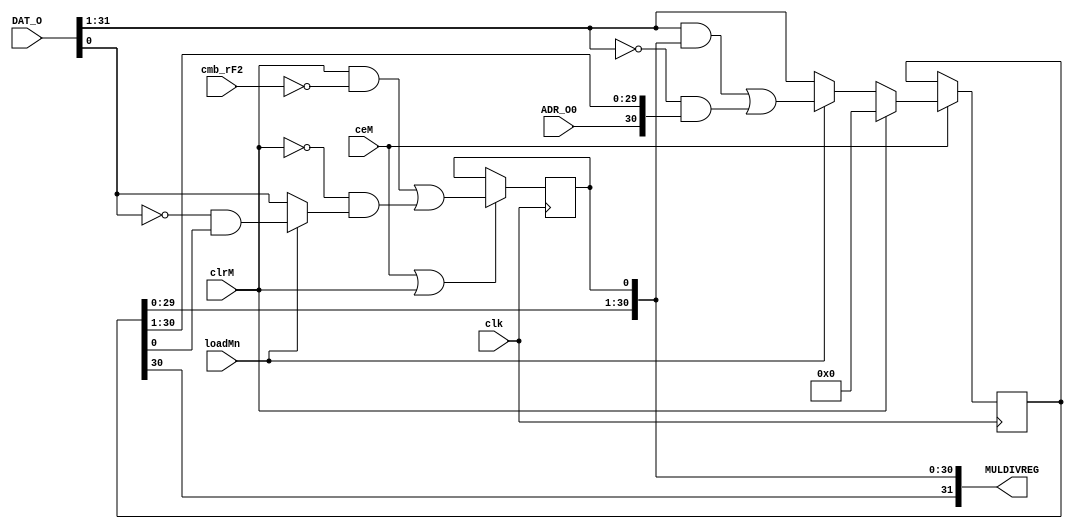
/* -----------------------------------------------------------------------------
 * Part of midgetv
 * 2019-2020. Copyright B. Nossum.
 * For licence, see LICENCE
 * ----------------------------------------------------------------------------ehdr
 *
 * For multiply and divide.
 * Fun fact. Lattice do highlevel synthesis in 35 LUTs, while Synplify uses 95.
 * 
 *           +-------------+
 * M[i+1] ---|--|0\        |          rA[i]
 *           |  |  |-|1\   |           ____
 * M[i-1] ---|--|1/  |  |--|--- cmbM -|D  Q|- M[i]
 * DAT_O  ---|---+---|0/   |    clk  ->    |
 * loadMn ---|--------+    |    ceM  -E    |
 *           +-------------+    clrM -R____|
 * 
 *                      Possible enhancement
 *           |          Carry chain usable to do a zero find,
 *          /y\  ___    for instance if ADR_O > 0x00000FFF,
 * M[i-1] --(((-|I0 |   or similar, this indicates adr in 
 * M[i+1] --+((-|I1 |   EBR range
 * loadMn ---(+-|I2 |
 * DAT_O[i] -(--|I3_|
 *           |
 *           :
 *           0
 *
 * The lsb is special.
 */
module m_shlr
  # ( parameter 
`ifdef verilator      
      ALUWIDTH = 8,
`else
      ALUWIDTH = 32,
`endif
      MULDIV = 1,
      HIGHLEVEL = 1
      )
   (
    /* verilator lint_off UNUSED */
    input                 clk,
    input                 loadMn, //    Initiating
    input                 ceM, //       Need to hold register certain cycles
    input                 clrM, //      Register must be clared to allow DAT_I to midgetv. Also used to determine lsb during unsigned subtraction in DIV
    input                 cmb_rF2, //   Used to determine lsb during unsigned subtraction in DIV    
    input                 ADR_O0, //    During MULx we shift right. This is msb
    input [ALUWIDTH-1:0]  DAT_O, //     To initiate shift register
    /* verilator lint_on UNUSED */
    output [ALUWIDTH-1:0] MULDIVREG  // Eventually holds low 32 bits of MULT or quotient of DIV
    );
   
   generate
      if ( HIGHLEVEL ) begin
         if ( MULDIV == 0 ) begin
            assign MULDIVREG = 0;
         end else begin
            reg [ALUWIDTH-1:0]  rM;
            wire [ALUWIDTH-2:0] cmbMmost,shlMmost,shrMmost;
            wire                shlM0,shrM0,shift_realcmbMlsb,add_realcmbMlsb,realcmbMlsb,ceMlsb,cmbMlsb;
            
            assign shlMmost = rM[ALUWIDTH-2:0];
            assign shrMmost = {ADR_O0,rM[ALUWIDTH-1:2]};
            assign cmbMmost = loadMn ? (DAT_O[ALUWIDTH-1:1]&shlMmost) | (~DAT_O[ALUWIDTH-1:1]&shrMmost) : DAT_O[ALUWIDTH-1:1];
            
            assign shlM0 = 1'b0;
            assign shrM0 = MULDIVREG[1];
            assign shift_realcmbMlsb = loadMn ? (DAT_O[0] & shlM0) | (~DAT_O[0] & shrM0) : DAT_O[0];
            assign add_realcmbMlsb = ~cmb_rF2;
            assign realcmbMlsb = (clrM & add_realcmbMlsb) | (~clrM & shift_realcmbMlsb);
            assign ceMlsb  =  ceM | clrM;
            assign cmbMlsb = ceMlsb ? realcmbMlsb : rM[0];
            
            always @(posedge clk)
              if ( ceM ) 
                rM[ALUWIDTH-1:1] <= clrM ? 31'h0 : cmbMmost;
            
            always @(posedge clk)
              rM[0] <= cmbMlsb;
            
            assign MULDIVREG = rM;
         end
      end
   endgenerate
   
endmodule